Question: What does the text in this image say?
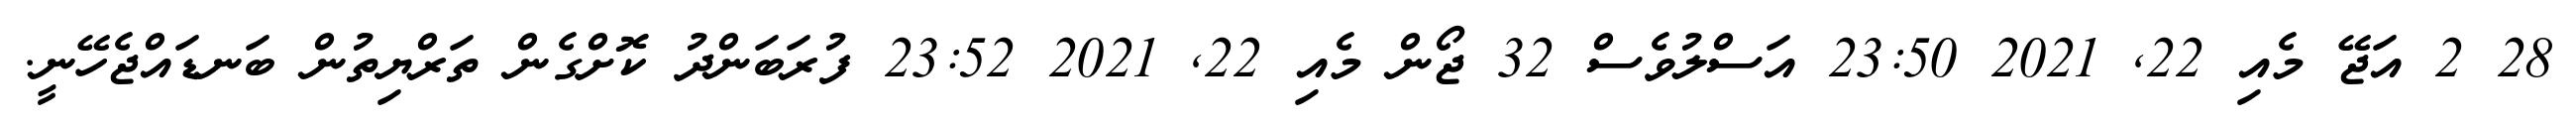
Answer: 28 2 އަޖޭ މެއި 22, 2021 23:50 އަސްލުވެސް 32 ޖޯން މެއި 22, 2021 23:52 ފުރަބަންދު ކޮށްގެން ތަރްޔިތުން ބަނޑައްޖެހޭނީ.